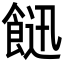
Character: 䭀